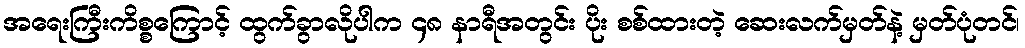
အရေးကြီးကိစ္စကြောင့် ထွက်ခွာလိုပါက ၄၈ နာရီအတွင်း ပိုး စစ်ထားတဲ့ ဆေးလက်မှတ်နဲ့ မှတ်ပုံတင်၊